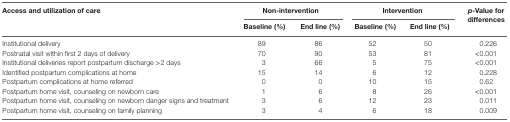
<table><thead><tr><td rowspan="2"><b>Access and utilization of care</b></td><td colspan="2"><b>Non-intervention</b></td><td colspan="2"><b>Intervention</b></td><td rowspan="2"><b><i>p</i>-Value for differences</b></td></tr><tr><td><b>Baseline (%)</b></td><td><b>End line (%)</b></td><td><b>Baseline (%)</b></td><td><b>End line (%)</b></td></tr></thead><tbody><tr><td>Institutional delivery</td><td>89</td><td>86</td><td>52</td><td>50</td><td>0.226</td></tr><tr><td>Postnatal visit within first 2 days of delivery</td><td>70</td><td>90</td><td>53</td><td>81</td><td>&lt;0.001</td></tr><tr><td>Institutional deliveries report postpartum discharge &gt;2 days</td><td>3</td><td>66</td><td>5</td><td>75</td><td>&lt;0.001</td></tr><tr><td>Identified postpartum complications at home</td><td>15</td><td>14</td><td>6</td><td>12</td><td>0.228</td></tr><tr><td>Postpartum complications at home referred</td><td>0</td><td>0</td><td>10</td><td>15</td><td>0.62</td></tr><tr><td>Postpartum home visit, counseling on newborn care</td><td>1</td><td>6</td><td>8</td><td>26</td><td>&lt;0.001</td></tr><tr><td>Postpartum home visit, counseling on newborn danger signs and treatment</td><td>3</td><td>6</td><td>12</td><td>23</td><td>0.011</td></tr><tr><td>Postpartum home visit, counseling on family planning</td><td>3</td><td>4</td><td>6</td><td>18</td><td>0.009</td></tr></tbody></table>